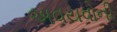
અવયવોની